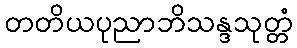
တတိယပုညာဘိသန္ဒသုတ္တံ